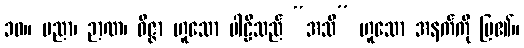
၁၀။ ပညာ၊ ဉာဏ၊ ဝိဇ္ဇာ ဟူသော ပါဠိသည် “အသိ” ဟူသော အနက်ကို ပြ၏။